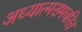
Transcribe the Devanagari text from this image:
अध्यात्मरामचरित